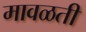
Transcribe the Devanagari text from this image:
मावळती